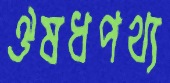
ঔষধপথ্য